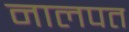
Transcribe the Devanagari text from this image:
नालपत